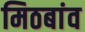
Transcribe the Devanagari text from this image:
मिठबांव